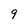
Character: 9